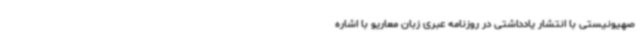
صهیونیستی با انتشار یادداشتی در روزنامه عبری زبان معاریو با اشاره